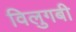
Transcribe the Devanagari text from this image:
विलुगबी